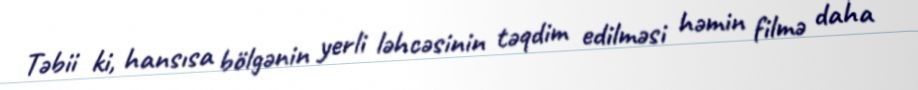
Təbii ki, hansısa bölgənin yerli ləhcəsinin təqdim edilməsi həmin filmə daha